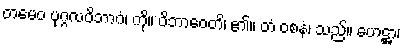
တမေဝ ပုဂ္ဂလဝိဘာဂံ၊ ကို။ ဝိဘာဝေတိ၊ ၏။ တံ ဝစနံ၊ သည်။ ဟေဋ္ဌာ၊